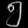
Digit: ၅